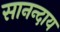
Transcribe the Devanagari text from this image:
सानन्दाय